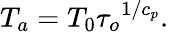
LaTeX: T_{a}=T_{0}{\tau_{o}}^{1/c_{p}}.